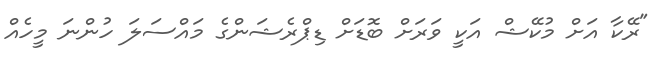
"ރޭކާ އަށް މުކޭޝް އަކީ ވަރަށް ބޮޑަށް ޑިޕްރެޝަންގެ މައްސަލަ ހުންނަ މީހެއް